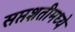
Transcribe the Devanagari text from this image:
सप्तशतीमध्ये